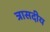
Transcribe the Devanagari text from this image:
त्रासदीय